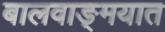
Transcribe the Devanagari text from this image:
बालवाङ्‌मयात